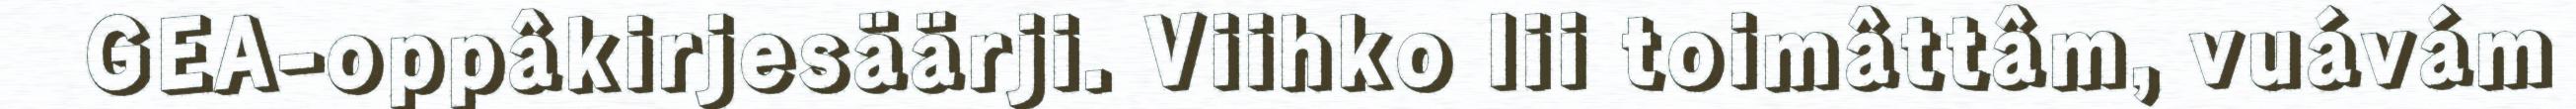
GEA-oppâkirjesäärji. Viihko lii toimâttâm, vuávám